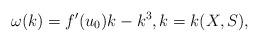
LaTeX: \begin{align*}\omega(k)=f'(u_0)k-k^3,k=k(X,S),\end{align*}